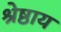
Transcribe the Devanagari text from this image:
श्रेष्ठाय